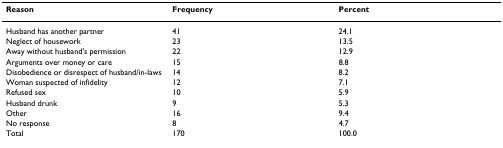
<table><thead><tr><td><b>Reason</b></td><td><b>Frequency</b></td><td><b>Percent</b></td></tr></thead><tbody><tr><td>Husband has another partner</td><td>41</td><td>24.1</td></tr><tr><td>Neglect of housework</td><td>23</td><td>13.5</td></tr><tr><td>Away without husband&#x27;s permission</td><td>22</td><td>12.9</td></tr><tr><td>Arguments over money or care</td><td>15</td><td>8.8</td></tr><tr><td>Disobedience or disrespect of husband/in-laws</td><td>14</td><td>8.2</td></tr><tr><td>Woman suspected of infidelity</td><td>12</td><td>7.1</td></tr><tr><td>Refused sex</td><td>10</td><td>5.9</td></tr><tr><td>Husband drunk</td><td>9</td><td>5.3</td></tr><tr><td>Other</td><td>16</td><td>9.4</td></tr><tr><td>No response</td><td>8</td><td>4.7</td></tr><tr><td>Total</td><td>170</td><td>100.0</td></tr></tbody></table>